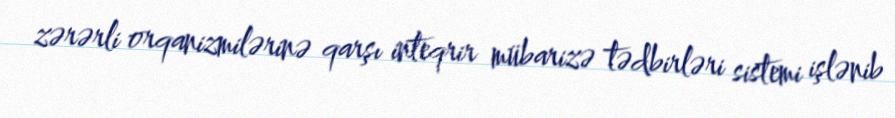
zərərli orqanizmilərinə qarşı inteqrir mübarizə tədbirləri sistemi işlənib